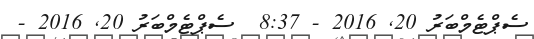
ސެޕްޓެމްބަރު 20